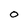
Character: O